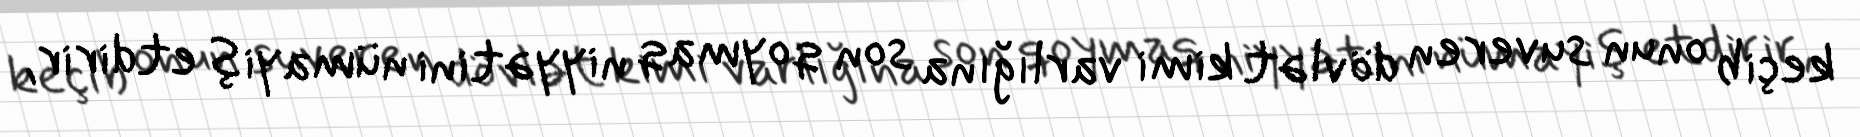
keçib onun suveren dövlət kimi varlığına son qoymaq niyyətini nümayiş etdirir,